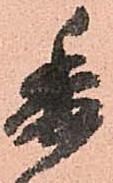
委